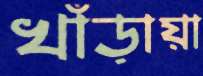
খাঁড়ায়া